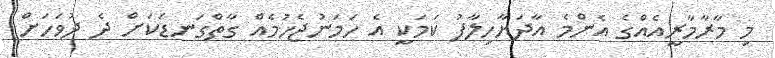
މި މާރާމާރީއެއްގެ އެންމެ އާދަޔާހިލާފު ކަމަކީ އެ ހަމަނުޖެހުމެއް ގާތްގަނޑަކަށް ދެ ދުވަހަށް